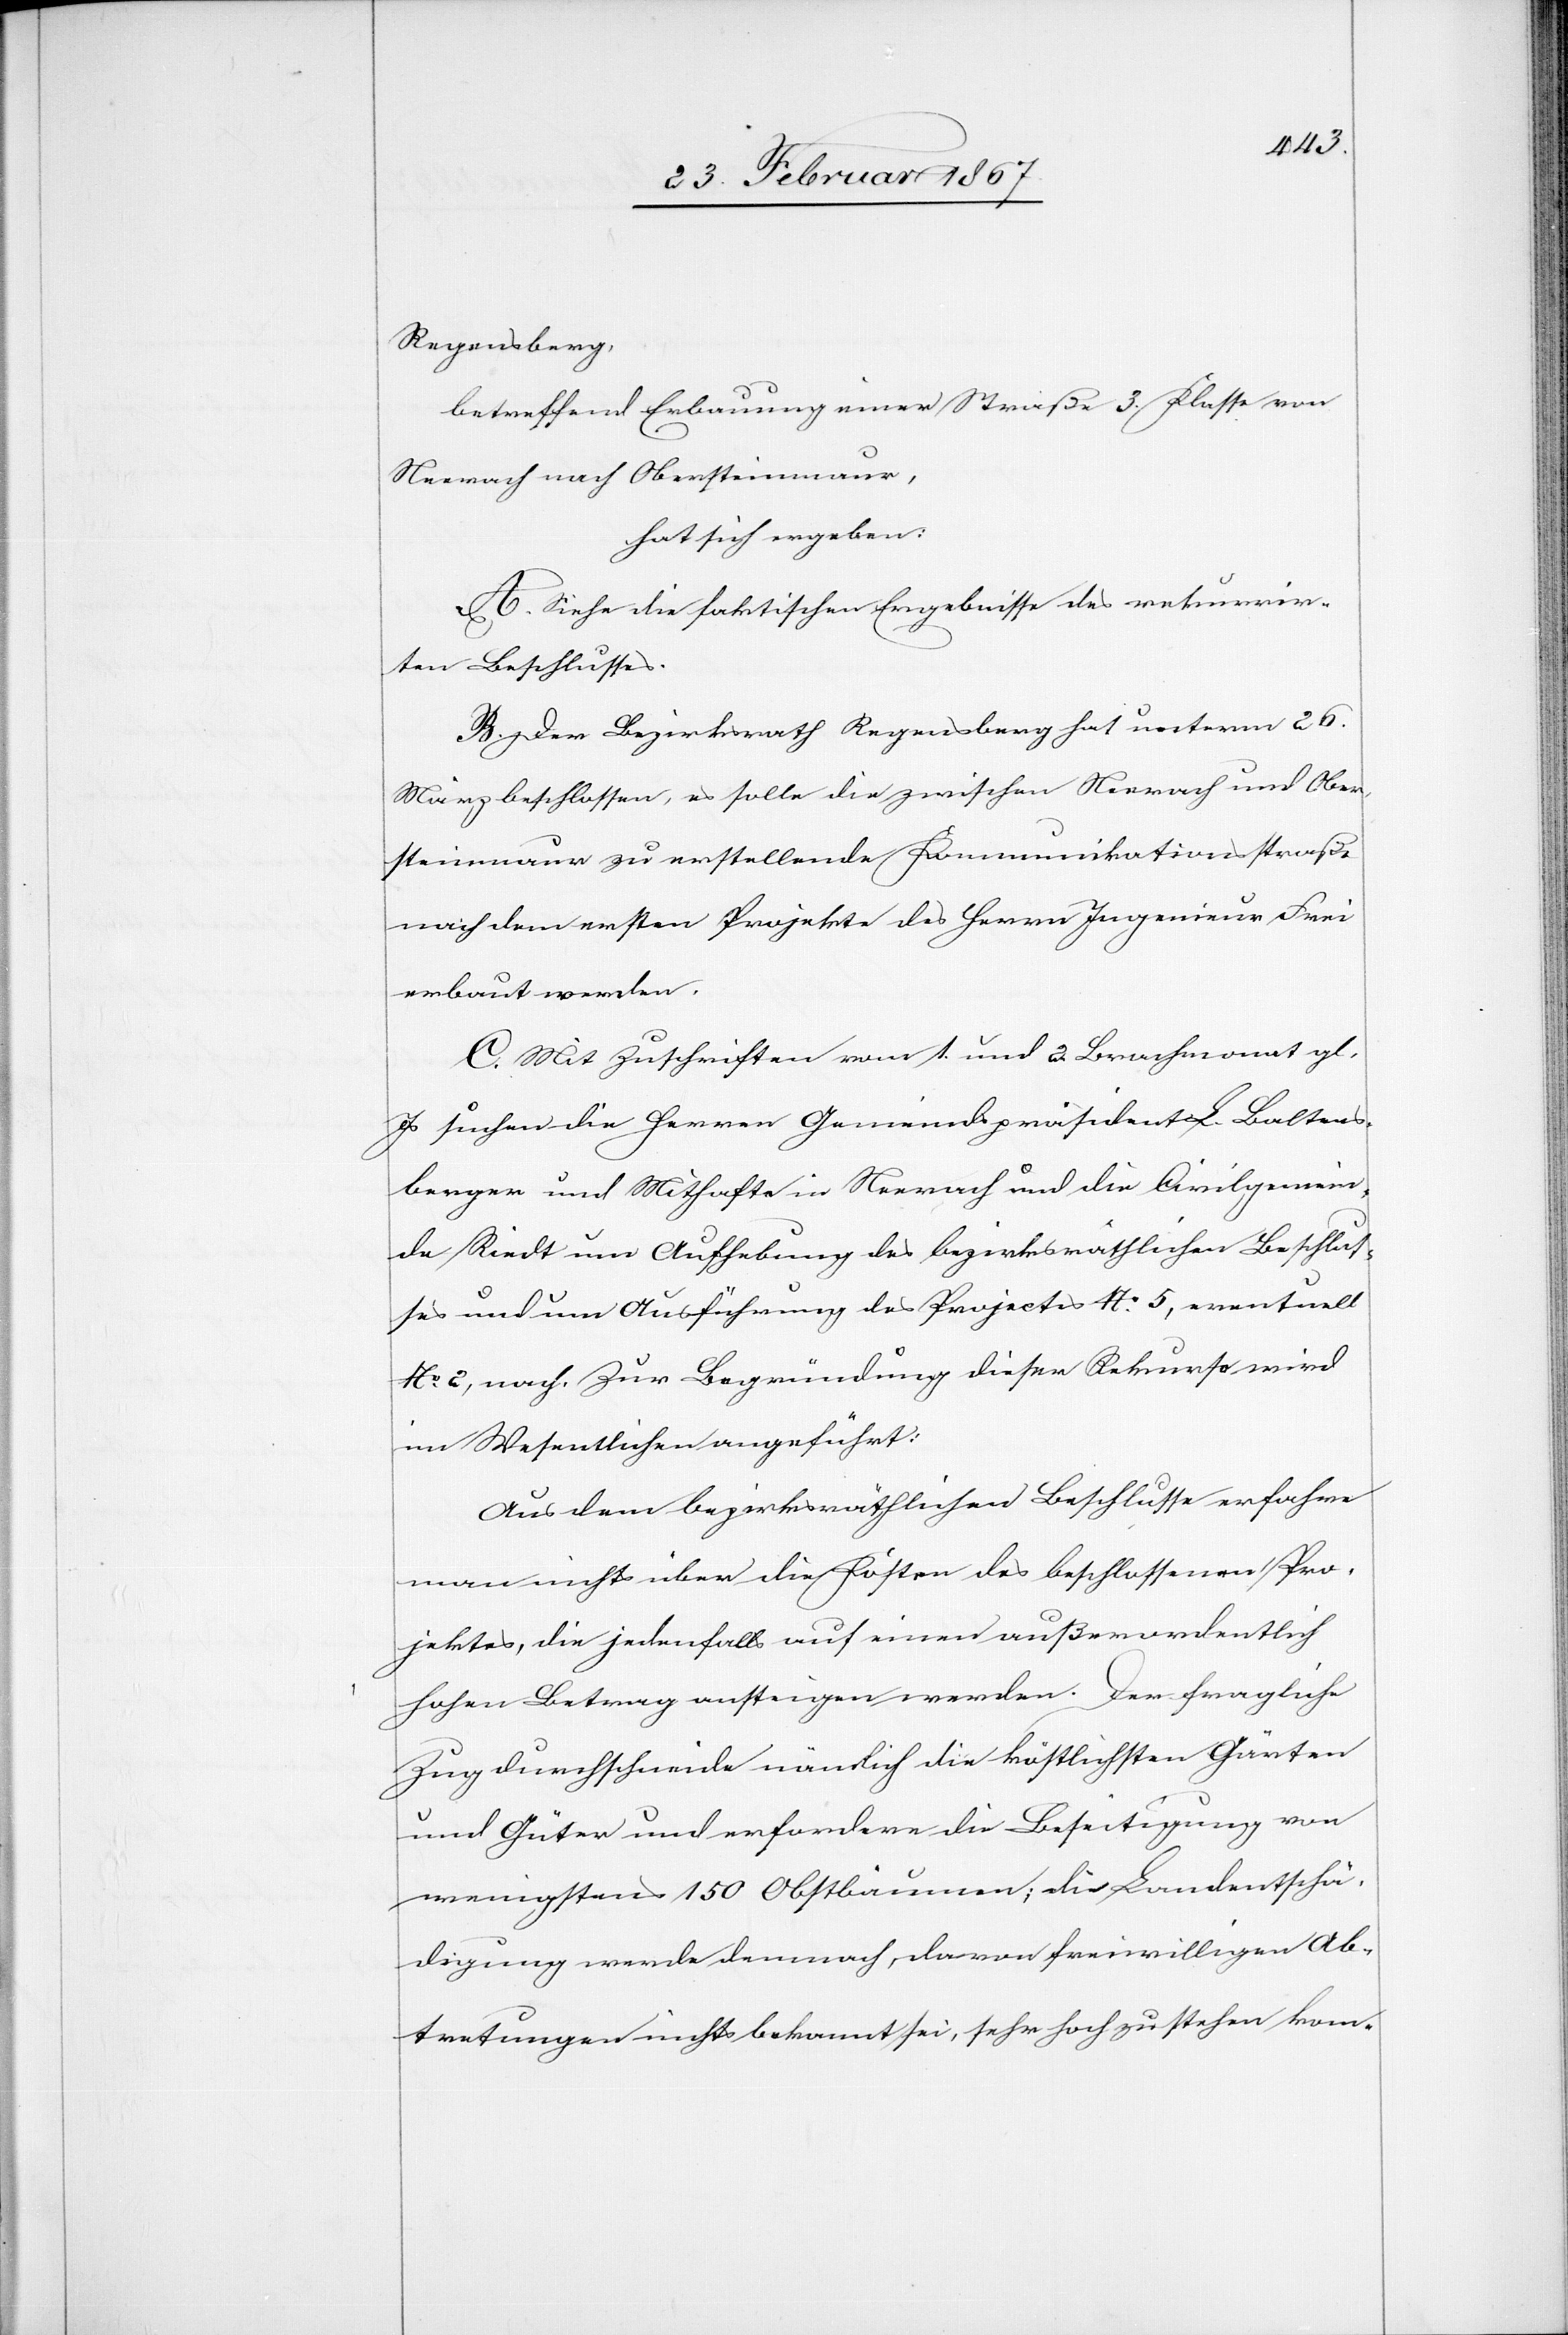
Regensberg,
betreffend Erbauung einer Straße 3. Klasse von
Neerach nach Obersteinmaur,
hat sich ergeben:
A. Siehe die faktischen Ergebnisse des rekurrir¬
ten Beschlusses.
B. Der Bezirksrath Regensberg hat unterm 26.
März beschlossen, es solle die zwischen Neerach und Ober¬
steinmaur zu erstellende Kommunikationsstraße
nach dem ersten Projekte des Herrn Ingenieur Frei
erbaut werden.
C. Mit Zuschriften vom 1. und 2. Brachmonat gl.
Js suchen die Herren Gemeindspräsident L. Baltens¬
berger und Mithafte in Neerach und die Civilgemein¬
de Riedt um Aufhebung des bezirksräthlichen Beschlus¬
ses und um Ausführung des Projectes No. 5, eventuell
No. 2, nach. Zur Begründung dieser Rekurse wird
im Wesentlichen angeführt:
Aus dem bezirksräthlichen Beschlusse erfahre
man nichts über die Kosten des beschlossenen Pro¬
jektes, die jedenfalls auf einen außerordentlich
hohen Betrag ansteigen werden. Der fragliche
Zug durchschneide nämlich die köstlichsten Gärten
und Güter und erfordere die Beseitigung von
wenigstens 150 Obstbäumen; die Landentschä¬
digung werde demnach, da von freiwilligen Ab¬
tretungen nichts bekannt sei, sehr hoch zu stehen kom-